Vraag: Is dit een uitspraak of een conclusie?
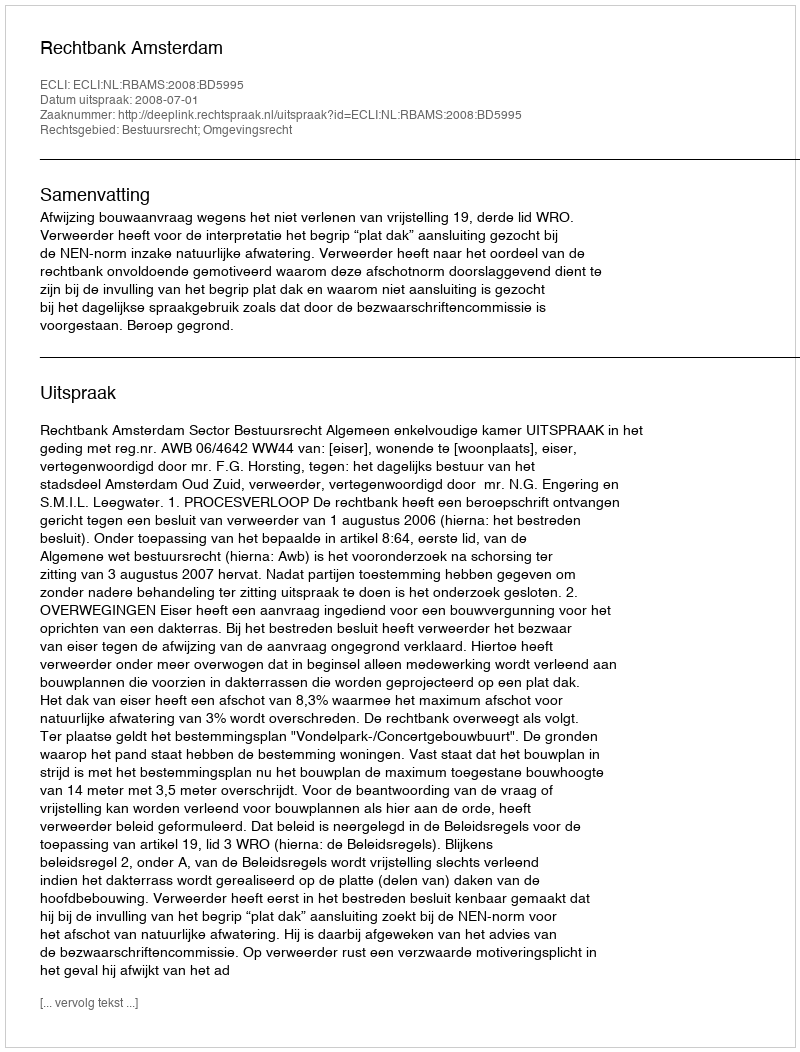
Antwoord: Uitspraak